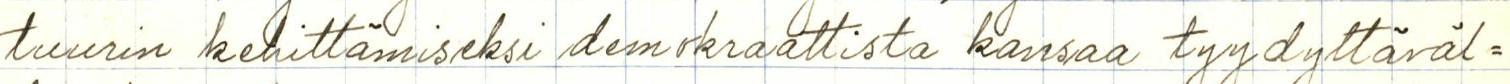
tuurin kehittämiseksi demokraattista kansaa tyydyttäväl=